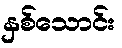
နှစ်သောင်း